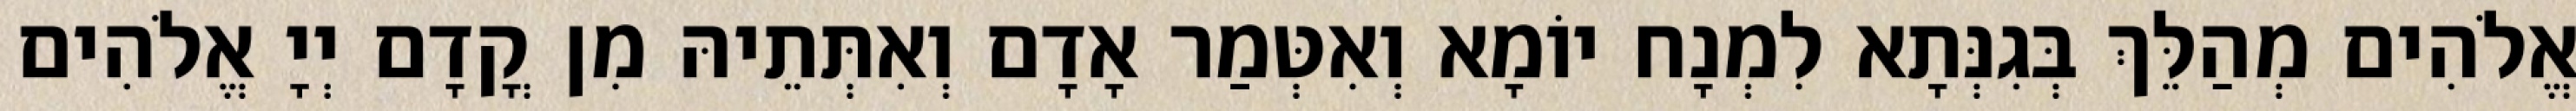
אֱלֹהִים מְהַלֵּךְ בְּגִנְּתָא לִמְנָח יוֹמָא וְאִטְּמַר אָדָם וְאִתְּתֵיהּ מִן קֳדָם יְיָ אֱלֹהִים